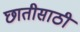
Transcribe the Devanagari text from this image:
छातीसाठी